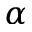
\alpha